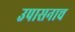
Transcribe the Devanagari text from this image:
उपासनाच